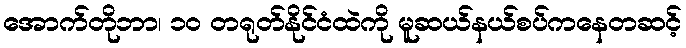
အောက်တိုဘာ၊ ၁၀ တရုတ်နိုင်ငံထဲကို မူဆယ်နယ်စပ်ကနေတဆင့်